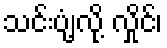
သင်းပျံ့လို့ လှိုင်၊